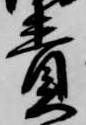
責